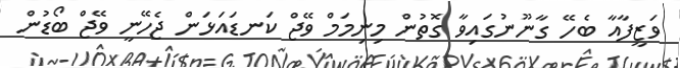
ވަޒީފާއާ ބެހޭ ގާނޫނުގައިވާ ގޮތުން މިނިމަމް ވޭޖް ކަނޑައަޅަން ޖެހޭނީ ވޭޖް ބޯޑުން